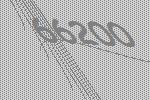
66200